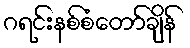
ဂရင်းနစ်စံတော်ချိန်